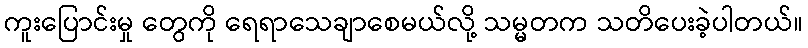
ကူးပြောင်းမှု တွေကို ရေရာသေချာစေမယ်လို့ သမ္မတက သတိပေးခဲ့ပါတယ်။